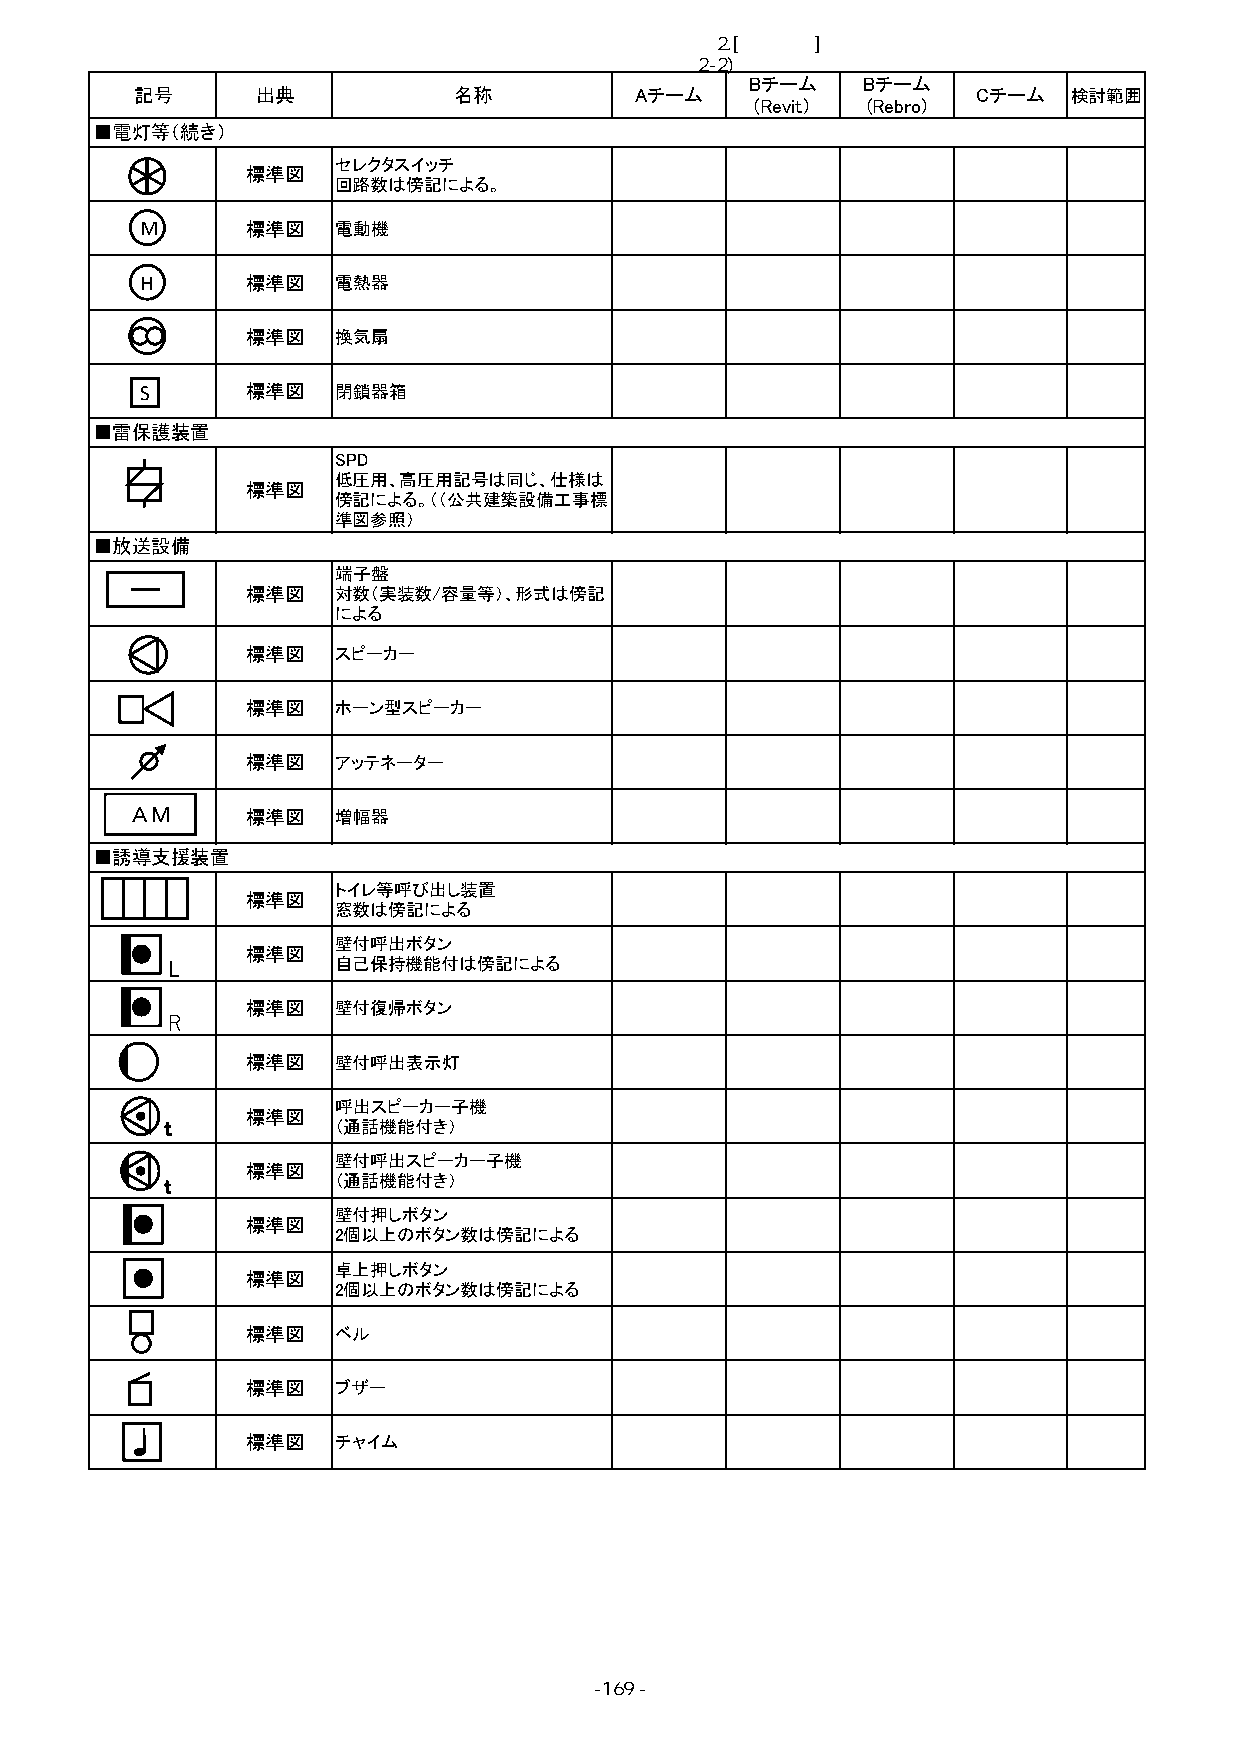
■2.[一般建築]検討内容
 2-2)確認図面の表現標準の検討と解説書の作成
 Bチーム   Bチーム
 記号      出典           名称          Aチーム                   Cチーム  検討範囲
 (Revit） (Rebro)
 ■電灯等（続き）
 セレクタスイッチ
 標準図
 回路数は傍記による。
 M      標準図   電動機
 H      標準図   電熱器
 標準図   換気扇
 S      標準図   閉鎖器箱
 ■雷保護装置
 SPD
 低圧用、高圧用記号は同じ、仕様は
 標準図
 傍記による。（（公共建築設備工事標
 準図参照）
 ■放送設備
 端子盤
 標準図   対数（実装数/容量等）、形式は傍記
 による
 標準図   スピーカー
 標準図   ホーン型スピーカー
 標準図   アッテネーター
 #VＡAＭLUE! 標準図 増幅器
 ■誘導支援装置
 トイレ等呼び出し装置
 標準図
 窓数は傍記による
 壁付呼出ボタン
 標準図
 Ⅼ          自己保持機能付は傍記による
 標準図   壁付復帰ボタン
 Ｒ
 標準図   壁付呼出表示灯
 呼出スピーカー子機
 標準図
 ｔ           （通話機能付き）
 壁付呼出スピーカー子機
 標準図
 ｔ           （通話機能付き）
 壁付押しボタン
 標準図
 2個以上のボタン数は傍記による
 卓上押しボタン
 標準図
 2個以上のボタン数は傍記による
 標準図   ベル
 標準図   ブザー
 標準図   チャイム
 -169 -